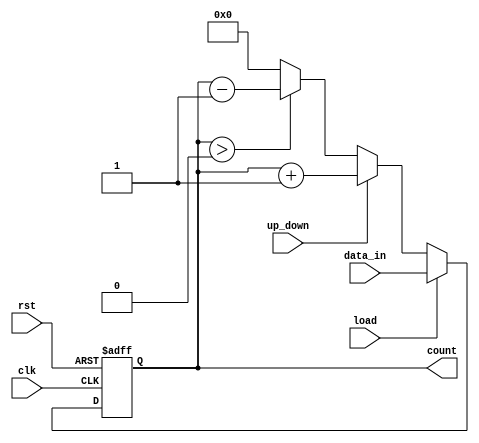
module UpDownCounter #(
    parameter N = 4 // Parameter for bit-width of the counter
)(
    input wire clk,          // Clock signal
    input wire rst,          // Asynchronous reset signal (active high)
    input wire up_down,      // Control signal for counting direction
    input wire load,         // Load signal to set counter value
    input wire [N-1:0] data_in, // Input data for loading the counter
    output reg [N-1:0] count // Current count value
);

    // Asynchronous reset and count initialization
    always @(posedge clk or posedge rst) begin
        if (rst) begin
            // Reset the counter to 0
            count <= 0;
        end else if (load) begin
            // Load the counter with the input data
            count <= data_in;
        end else if (up_down) begin
            // Count up
            count <= count + 1;
        end else begin
            // Count down (with underflow protection)
            if (count > 0) begin
                count <= count - 1;
            end else begin
                count <= 0; // Prevent underflow
            end
        end
    end
endmodule